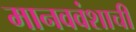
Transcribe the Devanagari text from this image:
मानववंशाची